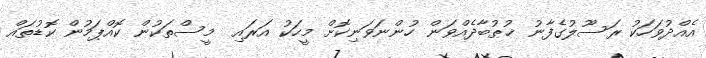
އެއްދުވަހަކު ރަސޫލުގެފާނު ޚުޠުބާދެއްވަން ހުންނަވަނިކޮށް މީހަކު އަރައި  މީސްތަކުން ކޮއްޕަމުން ކޮޑުތައް